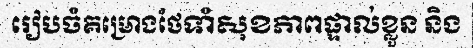
រៀបចំគម្រោងថែទាំសុខភាពផ្ទាល់ខ្លួន និង